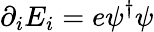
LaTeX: \partial_{i}E_{i}=e\psi^{\dagger}\psi